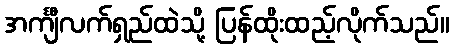
အင်္ကျီလက်ရှည်ထဲသို့ ပြန်ထိုးထည့်လိုက်သည်။